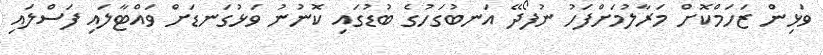
ވަޅިން ޒަހަމްކޮށް މަރާލުމަށްފަހު ނުފޯދޭ އަނބުގަހުގެ ބުޑުގައި ކޮނުނު ވަޅުގަނޑަށް ވައްޓާލައި ފަސްލައި